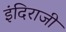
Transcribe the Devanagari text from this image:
इंदिराजी